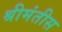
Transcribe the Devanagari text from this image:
श्रीमंतीस